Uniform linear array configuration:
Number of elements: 16
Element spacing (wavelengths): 0.25
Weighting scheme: blackman
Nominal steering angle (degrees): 60
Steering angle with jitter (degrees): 61.398
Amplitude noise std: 0.05
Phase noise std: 0.05

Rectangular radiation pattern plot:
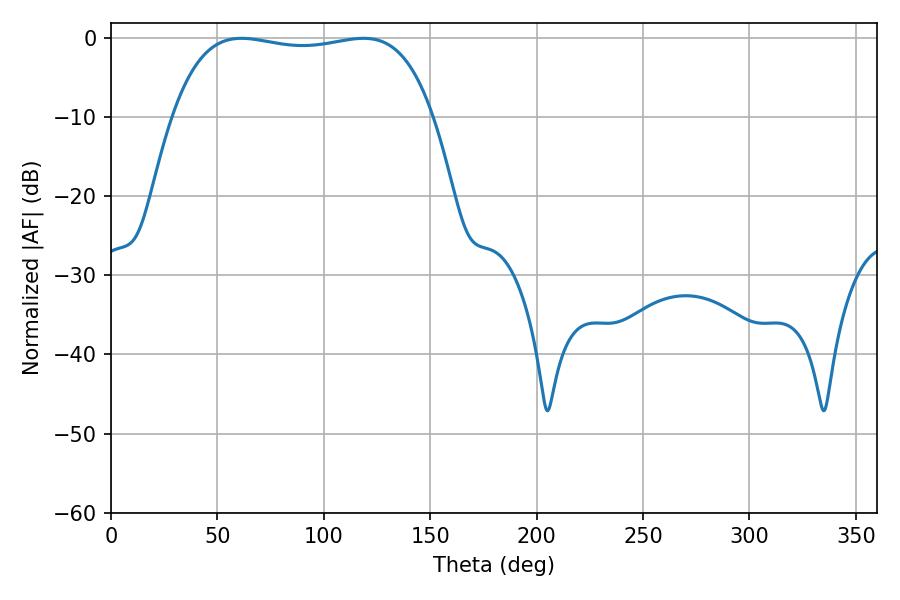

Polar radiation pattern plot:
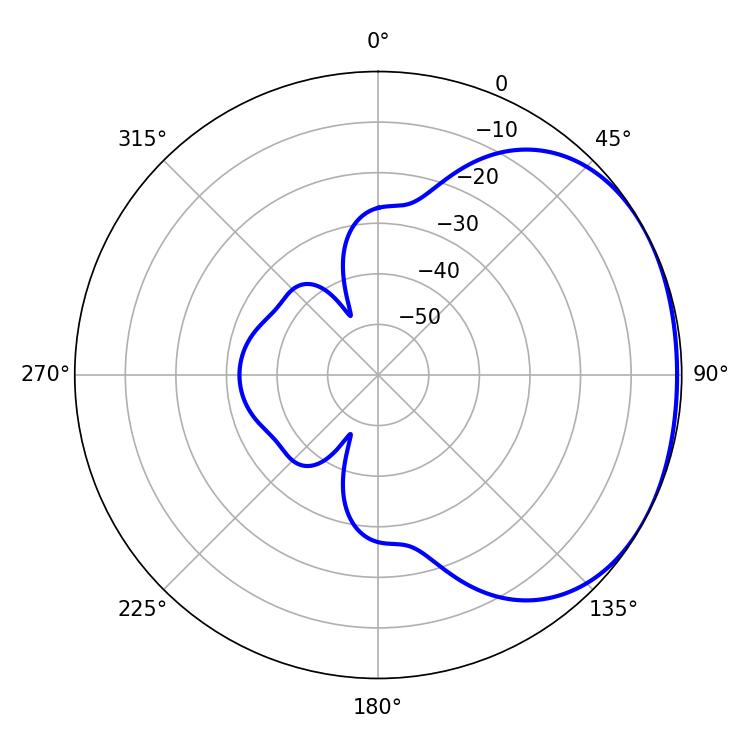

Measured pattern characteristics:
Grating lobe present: FALSE
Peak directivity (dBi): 1.552
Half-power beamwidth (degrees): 97.92
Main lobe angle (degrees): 61.38